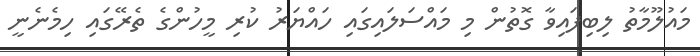
މައުލޫމާތު ލިބިފައިވާ ގޮތުން މި މައްސަލައިގައި ހައްޔަރު ކުރި މީހުންގެ ތެރޭގައި ހިމެނެނީ